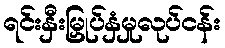
ရင်းနှီးမြှုပ်နှံမှုလုပ်ငန်း